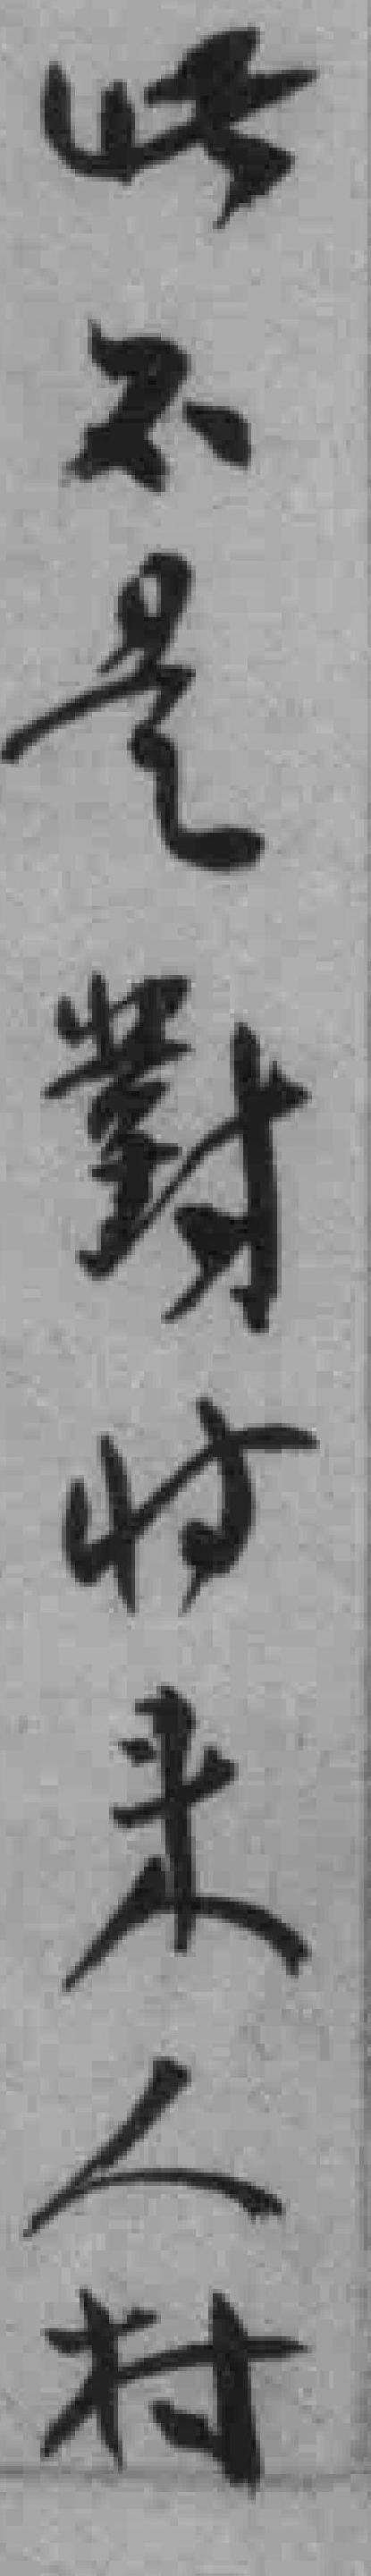
此不是對付來人付